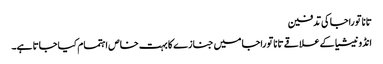
تانا توراجا کی تدفین
انڈونیشیا کے علاقے تانا توراجا میں جنازے کا بہت خاص اہتمام کیا جاتا ہے۔